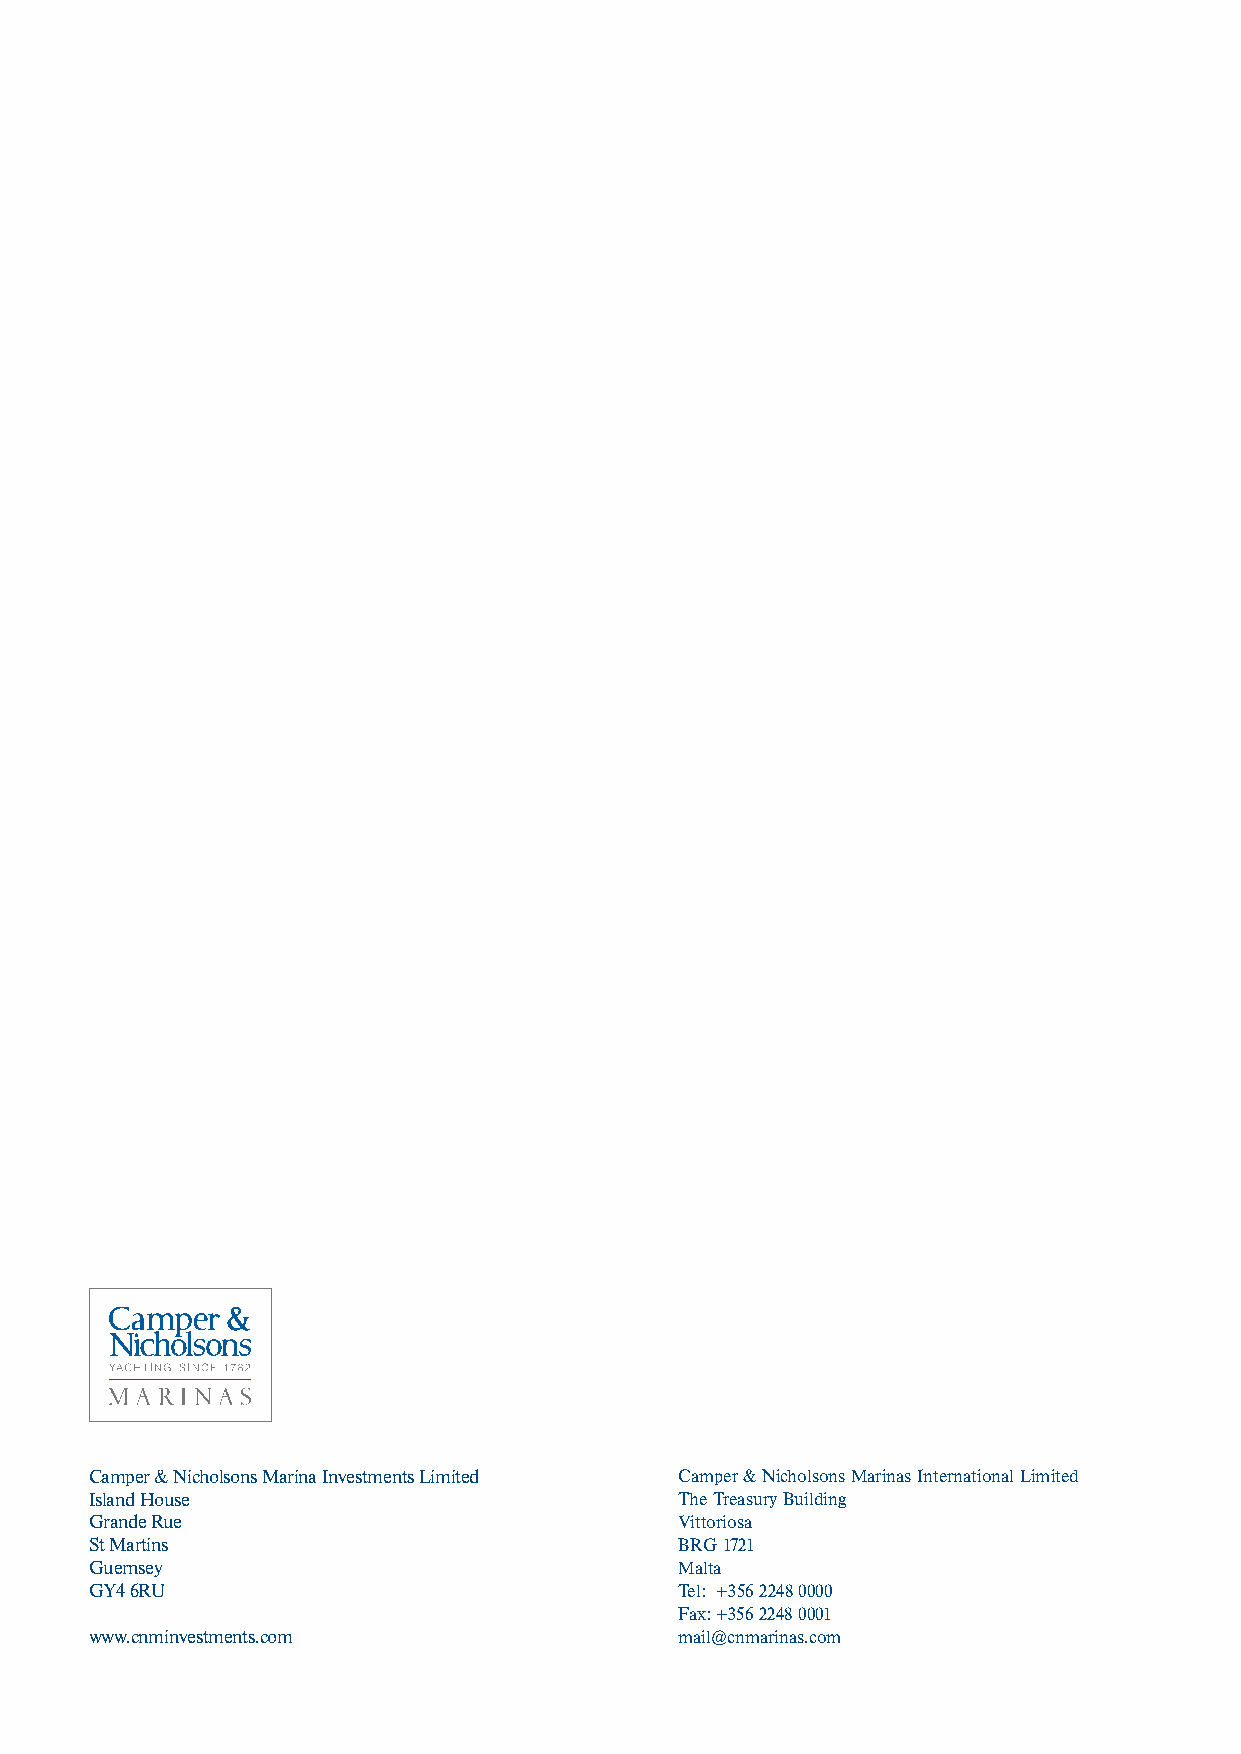
Camper & Nicholsons Marina Investments Limited Camper & Nicholsons Marinas International Limited                                   Camper & Nicholsons Marina Investments Limited
 Island House                           The Treasury Building
 Grande Rue                             Vittoriosa
 St Martins                             BRG 1721                                                                                              Annual  Report
 Guernsey                               Malta
 GY4 6RU                                Tel: +356 2248 0000
 2009
 Fax: +356 2248 0001
 www.cnminvestments.com                 mail@cnmarinas.com
 Camper
 &
 Nicholsons
 Marina
 Investments
 Limited
 Annual
 Report
 2009